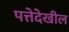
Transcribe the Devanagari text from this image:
पत्तेदेखील